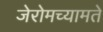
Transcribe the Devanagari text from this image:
जेरोमच्यामते